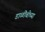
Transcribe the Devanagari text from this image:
डाळींबीच्या